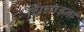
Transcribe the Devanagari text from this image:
चिंघाड़ना